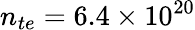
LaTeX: n_{te}=6.4\times 10^{20}